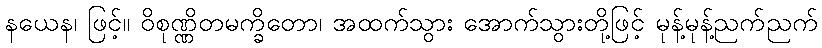
နယေန၊ ဖြင့်။ ဝိစုဏ္ဏိတမက္ခိတော၊ အထက်သွား အောက်သွားတို့ဖြင့် မုန့်မုန့်ညက်ညက်